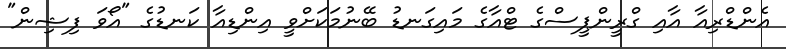
އެންޑްރިއާ އާއި ގްރީންޕީސްގެ ޓްއާގެ މައިގަނޑު ބޭނުމަކަށްވީ އިންޑިއާ ކަނޑުގެ "އޯވަ ފިޝިން"